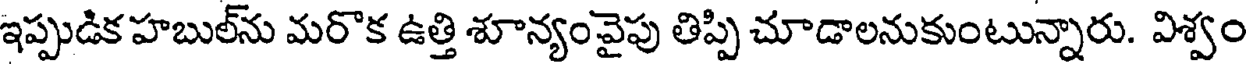
ఇప్పుడిక హబుల్ను మరొక ఉత్తి శూన్యంవైపు తిప్పి చూడాలనుకుంటున్నారు. విశ్వం